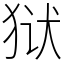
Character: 狱